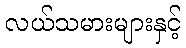
လယ်သမားများနှင့်